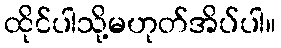
ထိုင်ပါသို့မဟုတ်အိပ်ပါ။